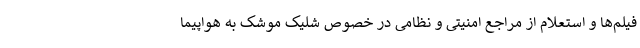
فیلم‌ها و استعلام از مراجع امنیتی و نظامی در خصوص شلیک موشک به هواپیما